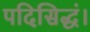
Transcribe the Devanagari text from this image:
पदिसिद्धं।